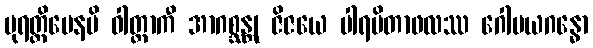
ပုရတ္ထိမေနပိ ဝါတ္တာကီ အာဂစ္ဆန္တု ဇိဇယေ ပါရမိတာဖလဿ ဂေါမယဂန္ဓော